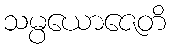
သမ္ပယောဇေတိ